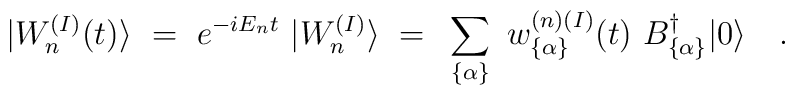
\vert W_n^{(I)}(t) \rangle ~=~ e^{-iE_nt}~ |W_n^{(I)}\rangle ~=~ \sum_{ \{\alpha\} } ~ w_{ \{ \alpha\} }^{(n)(I)}(t) ~ B_{\{\alpha\}}^\dagger\vert0\rangle \quad .